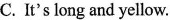
C.It's long and yellow.